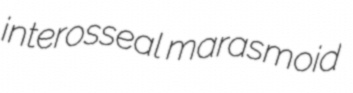
interosseal marasmoid